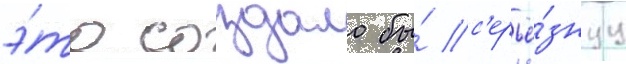
э́то создало бы́ с'ерьё́знуу